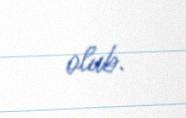
olub.